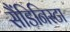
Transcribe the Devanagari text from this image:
सैंडिनिस्टा